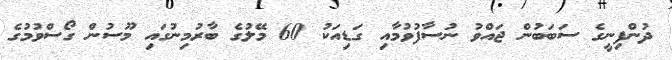
ދުންފިނީގެ ސަބަބުން ޖައްވު ނުސާފުވުމާއި ގަޑިއަކު 60 މޭލުގެ ބާރުމިނުގައި މޫސުން ގޯސްވުމުގެ